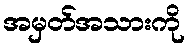
အမှတ်အသားကို